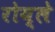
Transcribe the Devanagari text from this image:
रोय्ले